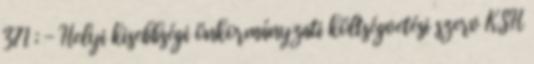
371 ; - Helyi kisebbségi önkormányzati költségvetési szerv KSH